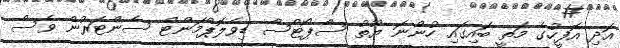
އަދި އޮފީހުގެ މަތީ ބައިގައި ހުންނަ ޔޫތު ސްޕޯޓްސް ޑިވެލޮޕްމަންޓް ސެންޓަރުން ވެސް